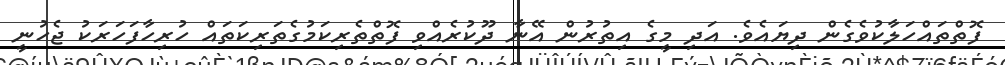
ފޮތްތައްހަލާކުވެގެން ދިޔައެވެ. އަދި މީގެ އިތުރުން އޭނާ ދޫކުރެއްވި ފޮތްތެރިކަމުގެތަރިކަތައް ހުރިހާފަހަރަކު ޖެހުނީ